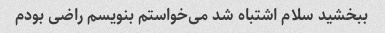
ببخشید سلام اشتباه شد می‌خواستم بنویسم راضی بودم